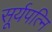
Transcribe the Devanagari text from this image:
सूर्यपत्नि